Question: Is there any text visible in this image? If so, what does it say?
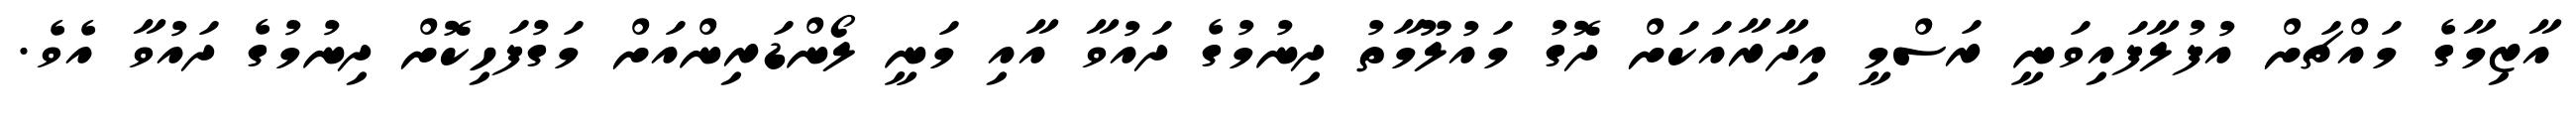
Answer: އާޒިމާގެ މައްޗަށް އުފުލާފައިވަނީ ރަސްމީ އިދާރާއަކަށް ދޮގު މައުލޫމާތު ދިނުމުގެ ދައުވާ އާއި މަނީ ލޯންޑަރިންއަށް މަގުފަހިކޮށް ދިނުމުގެ ދައުވާ އެވެ.